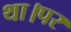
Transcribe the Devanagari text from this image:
था।पर